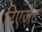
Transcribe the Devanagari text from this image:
रिएजेंट